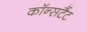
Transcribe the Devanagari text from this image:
कॉन्सटैंट